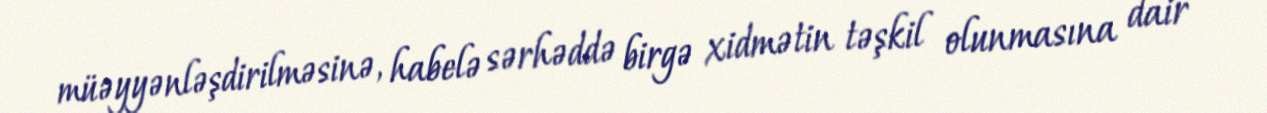
müəyyənləşdirilməsinə, habelə sərhəddə birgə xidmətin təşkil olunmasına dair